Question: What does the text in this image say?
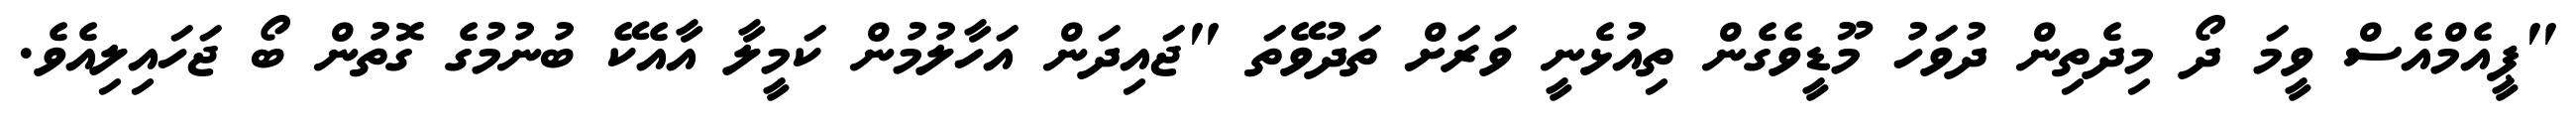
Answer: "ޕީއެމްއެސް ވީމަ ދޯ މިދެތިން ދުވަހު މޫޑީވެގެން ތިއުޅެނީ ވަރަށް ތަދުވޭތަ "ޖައިދަން އަހާލުމުން ކަމީލާ އާއެކޭ ބުނުމުގެ ގޮތުން ބޯ ޖަހައިލިއެވެ.